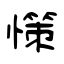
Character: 憡